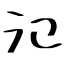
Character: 氾